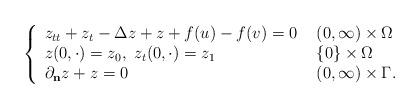
LaTeX: \begin{align*}\left\{ \begin{array}{ll} z_{tt}+z_t-\Delta z+z+f(u)-f(v)=0 & \ (0,\infty)\times\Omega \\ z(0,\cdot)=z_0, ~z_t(0,\cdot)=z_1 & \ \{0\}\times\Omega \\ \partial_{\bf{n}}z+z=0 & \ (0,\infty)\times\Gamma. \end{array} \right.\end{align*}